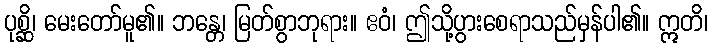
ပုစ္ဆိ၊ မေးတော်မူ၏။ ဘန္တေ၊ မြတ်စွာဘုရား။ ဧဝံ၊ ဤသို့ပွားစေရာသည်မှန်ပါ၏။ ဣတိ၊